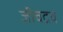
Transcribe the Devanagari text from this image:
जीवद्रव